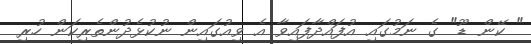
" ކޭން ޑޫ" ގެ ނަމުގައި އުފައްދާފައިވާ އެ ވިއުގައިން ނުކުޅެދުންތެރިކަން ހުރި